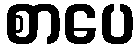
စာပေ